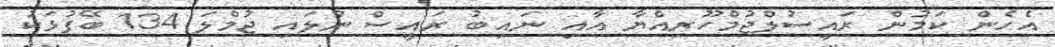
އެހެން ކަމުން ރައީސުލްޖުމްހޫރިއްޔާ އާއި ނައިބު ރައީސް ނުލައި ޖުމްލަ 134 ބޭފުޅަކު